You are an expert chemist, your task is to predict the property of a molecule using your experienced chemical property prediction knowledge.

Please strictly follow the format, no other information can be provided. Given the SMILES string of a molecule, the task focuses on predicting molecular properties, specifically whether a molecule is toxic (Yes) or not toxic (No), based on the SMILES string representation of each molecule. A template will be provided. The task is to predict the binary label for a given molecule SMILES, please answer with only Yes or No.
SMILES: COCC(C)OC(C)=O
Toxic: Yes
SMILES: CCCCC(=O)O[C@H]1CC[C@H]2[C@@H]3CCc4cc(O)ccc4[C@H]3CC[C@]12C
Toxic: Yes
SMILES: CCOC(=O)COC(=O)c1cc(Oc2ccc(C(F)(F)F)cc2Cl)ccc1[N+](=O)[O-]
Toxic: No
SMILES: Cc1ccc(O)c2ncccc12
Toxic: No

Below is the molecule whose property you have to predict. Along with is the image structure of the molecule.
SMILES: CNCCO
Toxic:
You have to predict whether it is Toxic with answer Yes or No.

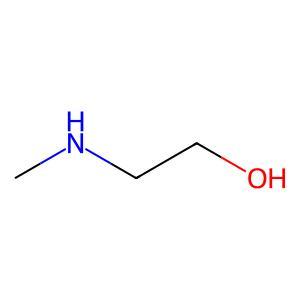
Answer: No